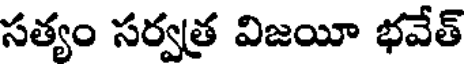
సత్యం సర్వత్ర విజయీ భవేత్